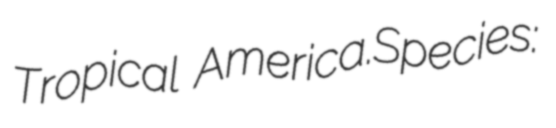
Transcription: Tropical America.Species: